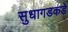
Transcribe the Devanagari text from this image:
सुधागडकडे